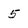
Character: 5